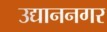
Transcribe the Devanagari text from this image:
उद्याननगर